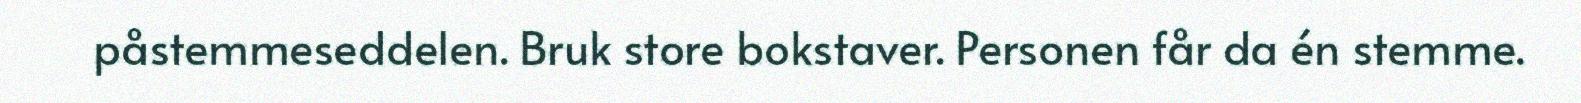
påstemmeseddelen. Bruk store bokstaver. Personen får da én stemme.